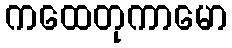
ကထေတုကာမော